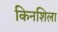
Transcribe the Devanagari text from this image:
किनशिला